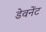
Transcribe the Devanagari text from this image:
डेवनेंट